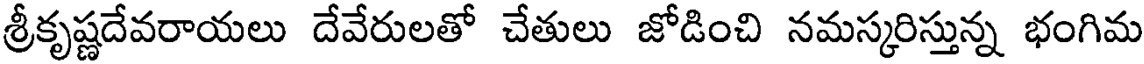
శ్రీకృష్ణదేవరాయలు దేవేరులతో చేతులు జోడించి నమస్కరిస్తున్న భంగిమ